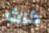
كاث